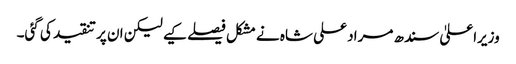
وزیراعلیٰ سندھ مراد علی شاہ نے مشکل فیصلے کیے لیکن ان پر تنقید کی گئی۔